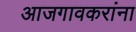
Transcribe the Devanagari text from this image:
आजगावकरांना